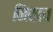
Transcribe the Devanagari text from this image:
निखव